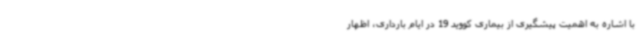
با اشاره به اهمیت پیشگیری از بیماری کووید 19 در ایام بارداری، اظهار